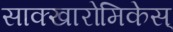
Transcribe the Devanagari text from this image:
साक्खारोमिकेस्